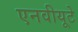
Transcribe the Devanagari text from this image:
एनवीयूटे